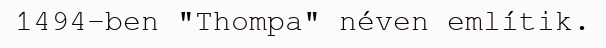
1494-ben "Thompa" néven említik.